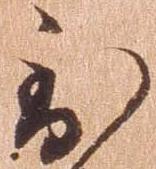
到